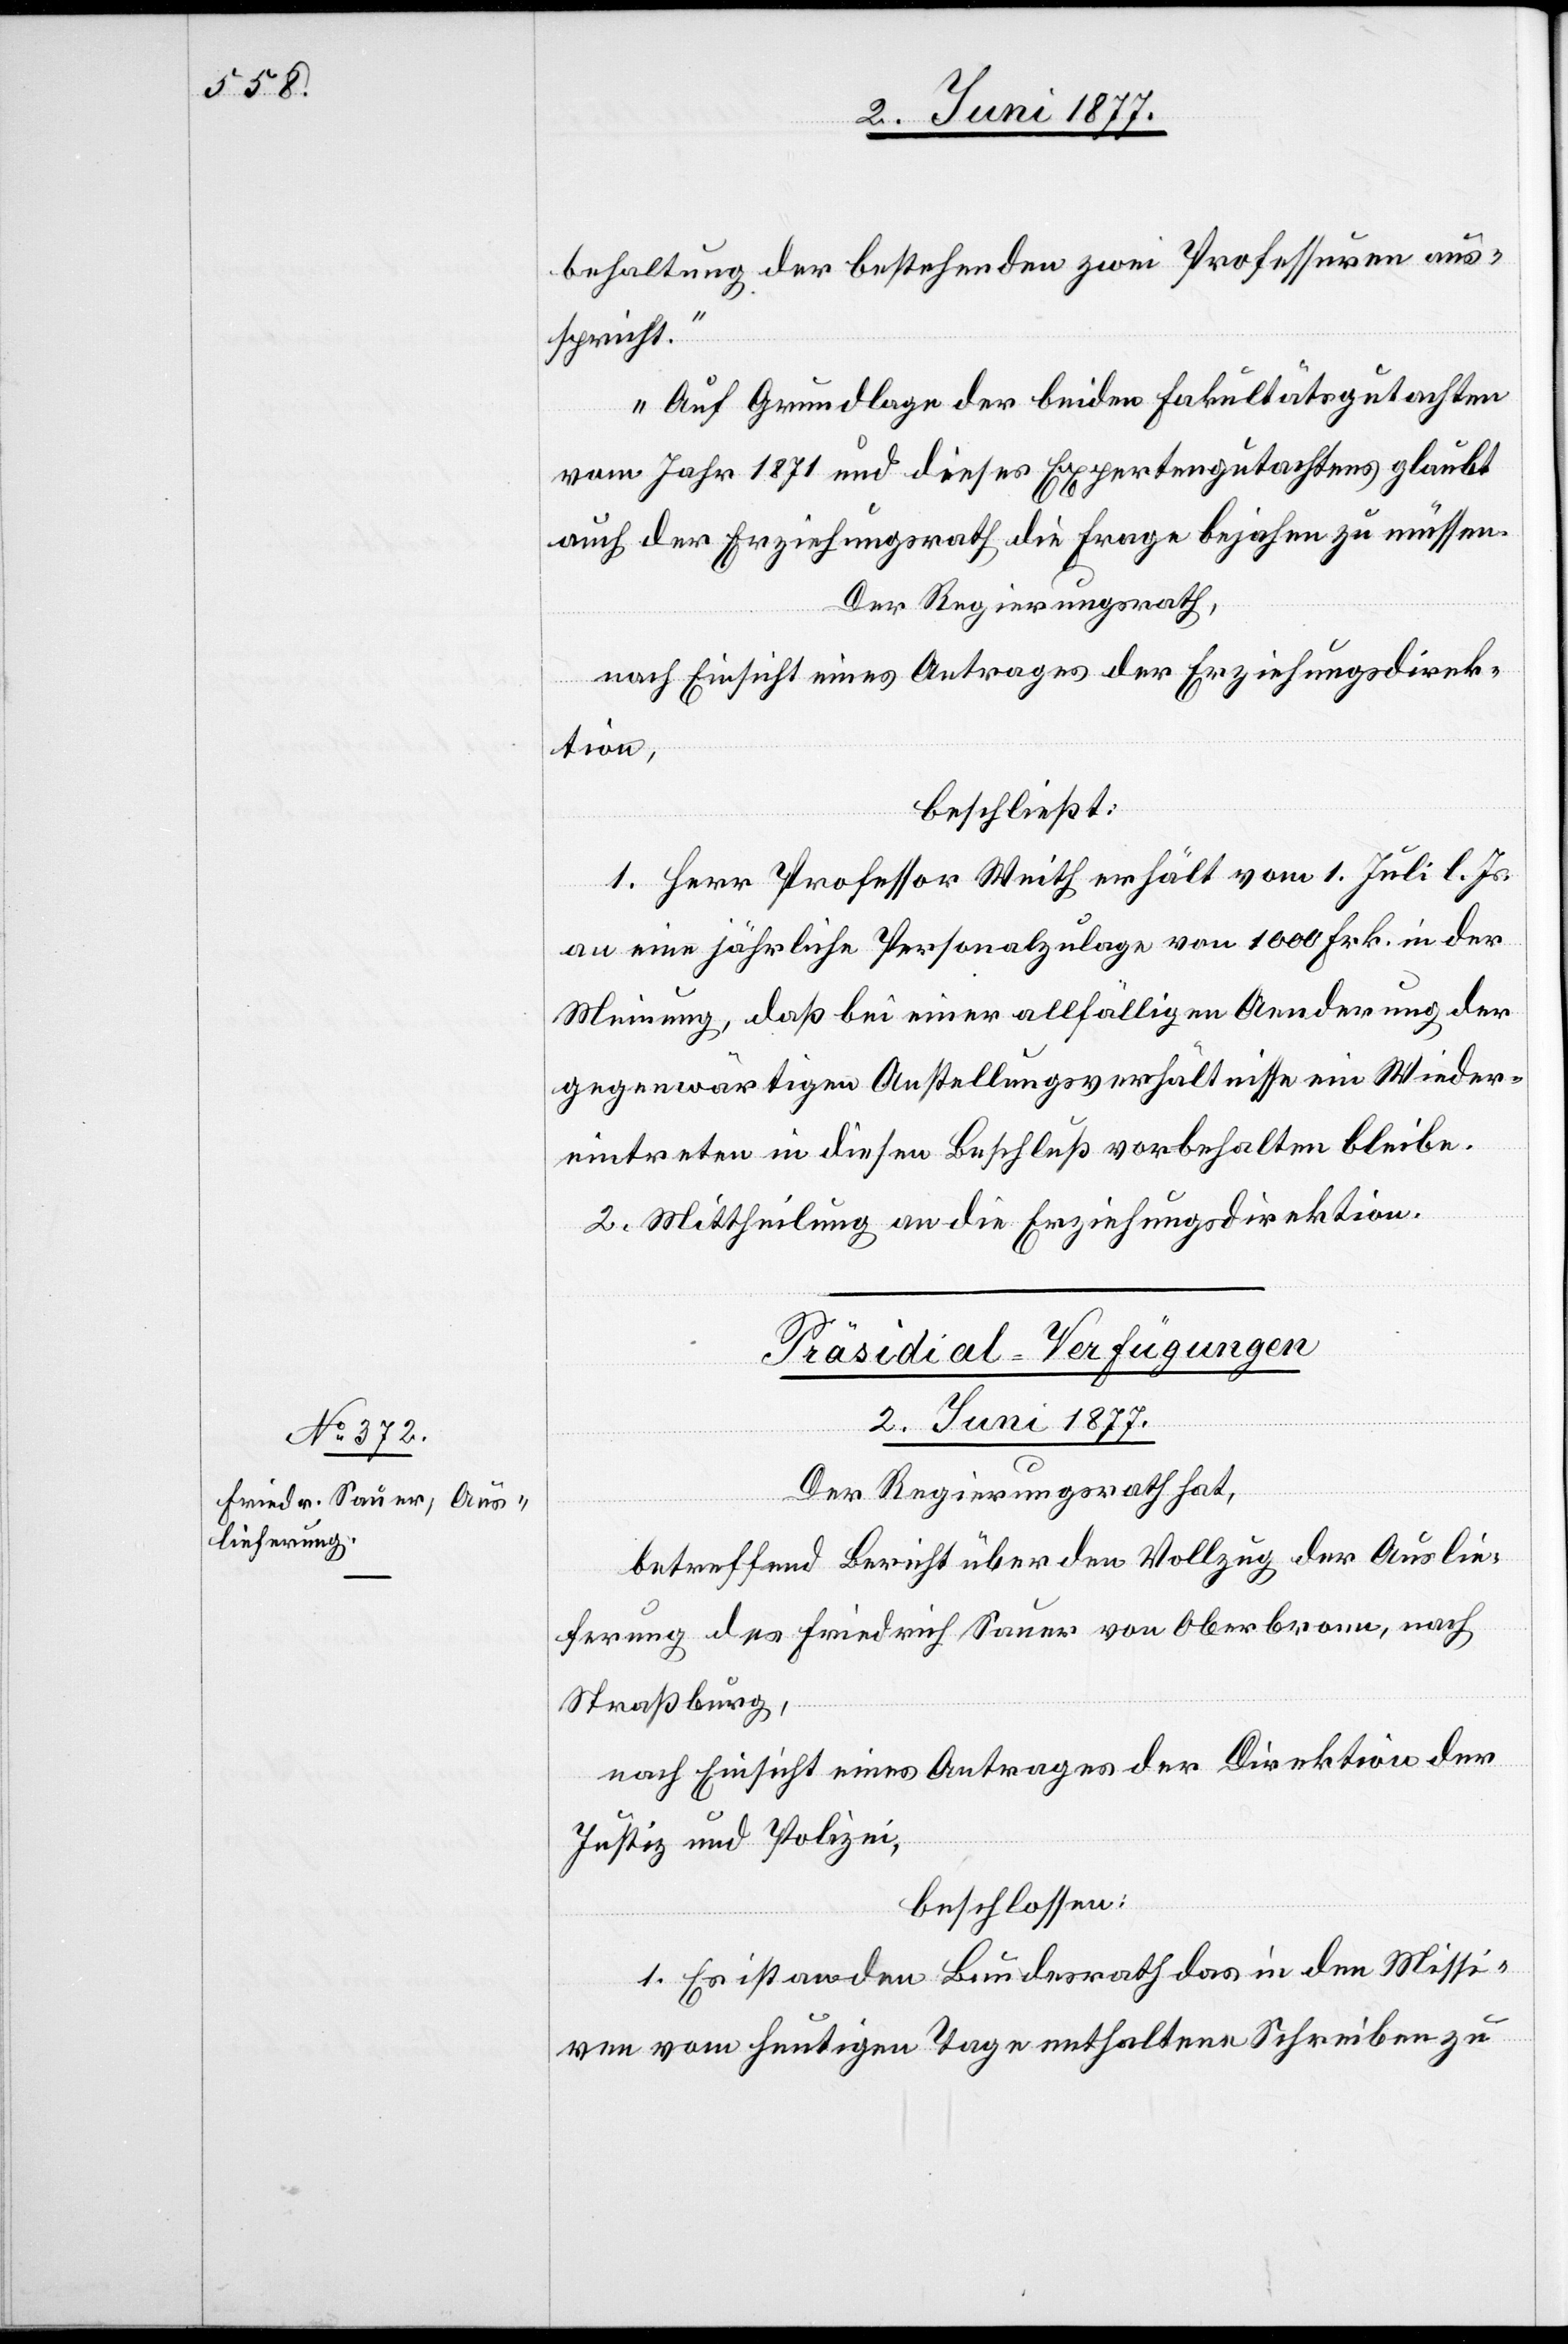
behaltung der bestehende zwei Professuren aus¬
spricht.
Auf Grundlage der beiden Fakultätsgutachten
vom Jahr 1871 und dieses Expertengutachtens glaubt
auch der Erziehungsrath die Frage bejahen zu müssen.
Der Regierungsrath,
nach Einsicht eines Antrages der Erziehungsdirek¬
tion,
beschließt:
1. Herr Professor Weith erhält vom 1. Juli l. Js.
an eine jährliche Personalzulage von 1000 Frk. in der
Meinung, daß bei einer allfälligen Aenderung der
gegenwärtigen Anstellungsverhältnisse ein Wieder¬
eintreten in diesen Beschluß vorbehalten bleibe.
2. Mittheilung an die Erziehungsdirektion.
Präsidial-Verfügungen
2. Juni 1877.
Der Regierungsrath hat,
betreffend Bericht über den Vollzug der Auslie¬
ferung des Friedrich Sauer von Oberbronn, nach
Straßburg,
nach Einsicht eines Antrages der Direktion
Justiz und Polizei,
beschlossen:
1. Es ist an den Bundesrath das in den Missi¬
ven vom heutigen Tage enthaltene Schreiben zu